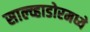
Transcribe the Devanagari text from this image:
साल्व्हाडोरमध्ये